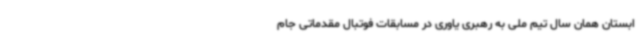
ابستان همان سال تیم ملی به رهبری یاوری در مسابقات فوتبال مقدماتی جام